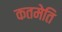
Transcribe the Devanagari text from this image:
कतमेति